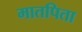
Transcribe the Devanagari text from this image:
मातपिता